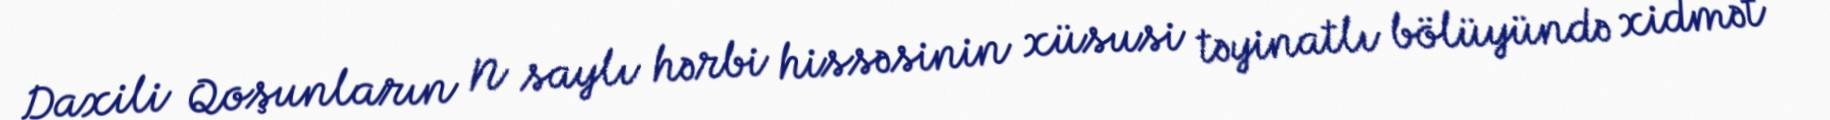
Daxili Qoşunların N saylı hərbi hissəsinin xüsusi təyinatlı bölüyündə xidmət